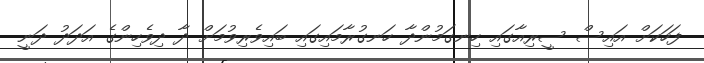
ފަހަކަށް އައިސް ސީރިއާގައި ހިނގަމުންދާ ހަނގުރާމައިގައި ބައިވެރިވުމަށް ދާ ދިވެހިންގެ އަދަދު ދަނީ